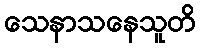
သေနာသနေသူတိ